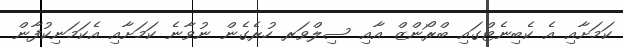
ކަމަށާއި އެ ކެބިނެޓްގައި ބްރޯންޒް އާއި ސިލްވަރ ހުރެގެން ނުވާނެ ކަމަށާއި އެކަމަނިކުފާން